system: You are a helpful assistant.
user:
Analyze the provided spectrum to determine if it is a **"Cataclysmic Variables (CV)"**.

- **Key Indicators for CV (Check for either state):**
    - **State 1: Quiescent / Low-State (Emission-Dominated)**
        - **(Primary):** Strong and *very broad* Hydrogen Balmer emission lines (e.g., $H\alpha$ at 6563 Å, $H\beta$ at 4861 Å). The 'broadness' (high velocity dispersion, often FWHM > 1000 km/s) is the key diagnostic, indicating a high-velocity accretion disk.
        - **(Secondary):** Broad neutral Helium (He I) emission lines (e.g., 5876 Å, 6678 Å).
        - **(Key Confirmation):** Presence of high-excitation *ionized* Helium (He II) emission at 4686 Å. This is a strong indicator of accretion onto a white dwarf.
        - **(Line Profile):** Emission lines may exhibit a 'double-peaked' profile, which is a classic signature of a rotating accretion disk viewed at high inclination.

    - **State 2: Outburst / High-State (Absorption-Dominated)**
        - **(Primary):** Spectrum is dominated by a bright, blue continuum (looks like a hot star).
        - **(Secondary):** The emission lines from State 1 are weak, absent, or 'filled in', and are replaced by broad, shallow *absorption* lines (primarily Balmer and He I).
        - **(Morphology):** The overall spectrum mimics a hot B/A-type star. The crucial difference is that the absorption lines are significantly broader, shallower, and more 'washed-out' (or 'smeared') than the sharp lines of a normal stellar photosphere, due to high rotational speeds and pressure broadening in the disk.

Think first, call **spectral_visualization_tool** if needed to examine features in detail, then provide your final answer. Your response must adhere to the following strict rules:
1.  **Overall Structure:** Your response must follow the format `<think>...</think> <tool_call>...</tool_call> (if a tool is used) <answer>...</answer>`.
2.  **Tool Usage Constraint:** You may only make **one** tool call per turn.
3.  **Final Answer Format:** In the `<answer>` tag, your conclusion must be inside a `\boxed{}` command (e.g., `\boxed{YES}`), followed by your justification.

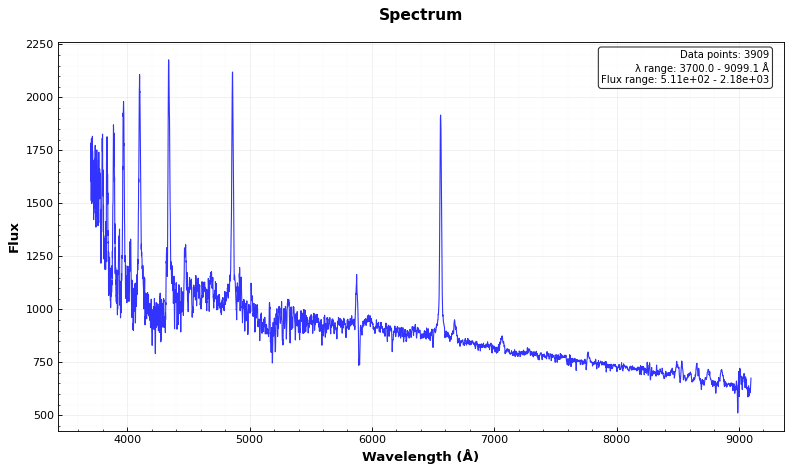
Answer: YES